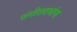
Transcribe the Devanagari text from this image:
संगीतसभांना